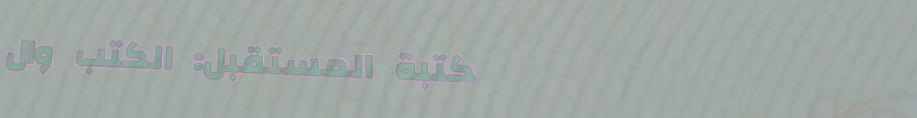
مكتبة المستقبل: الكتب وال